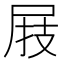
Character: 𰍸